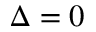
\Delta = 0